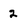
Character: 2